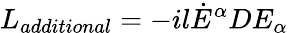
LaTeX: L_{additional}=-il{\dot{E}}^{\alpha}DE_{\alpha}